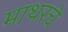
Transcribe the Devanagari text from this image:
माथरचे